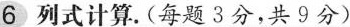
6 列式计算.(每题3分，共9分)